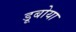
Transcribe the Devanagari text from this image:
डूबोया